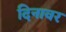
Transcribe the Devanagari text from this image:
दिनावर